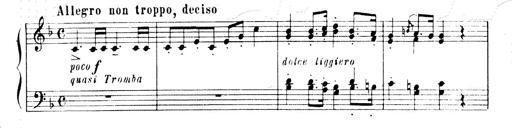
Title: Andante Finale und Marsch aus der Oper KÃ¶nig Alfred
Composer: Franz Liszt